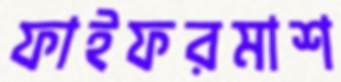
ফাইফরমাশ